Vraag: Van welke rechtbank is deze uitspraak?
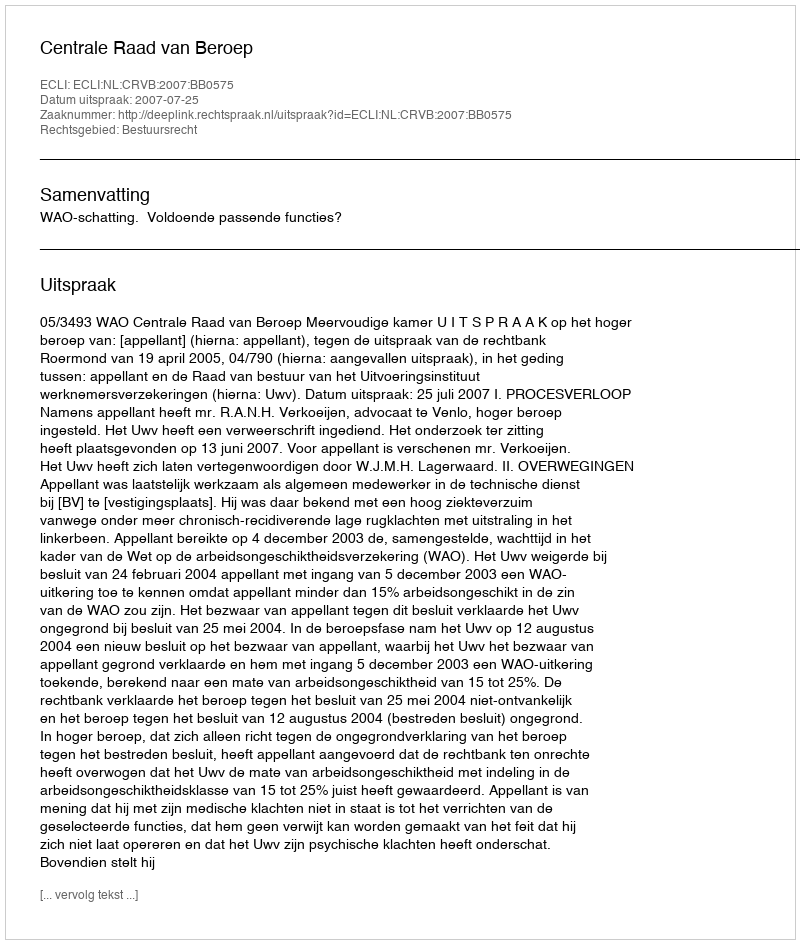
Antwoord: Centrale Raad van Beroep